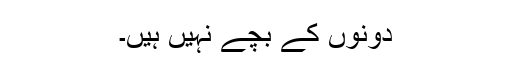
دونوں کے بچے نہیں ہیں۔